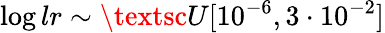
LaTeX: \log{lr}\sim\textsc{U}[10^{-6},3\cdot 10^{-2}]